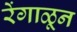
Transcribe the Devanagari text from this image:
रेंगाळून